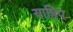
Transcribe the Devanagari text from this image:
याहिप